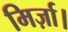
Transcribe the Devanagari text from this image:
मिर्ज़ा।